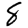
Digit: 8